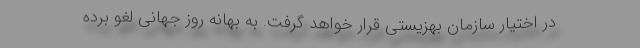
در اختیار سازمان بهزیستی قرار خواهد گرفت. به بهانه روز جهانی لغو برده